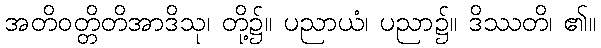
အတိဝတ္တိတိအာဒိသု၊ တို့၌။ ပညာယံ၊ ပညာ၌။ ဒိဿတိ၊ ၏။